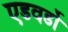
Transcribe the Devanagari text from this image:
एडवर्डो